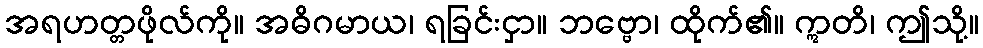
အရဟတ္တဖိုလ်ကို။ အဓိဂမာယ၊ ရခြင်းငှာ။ ဘဗ္ဗော၊ ထိုက်၏။ ဣတိ၊ ဤသို့။